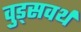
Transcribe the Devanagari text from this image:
वुड्सवर्थ